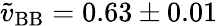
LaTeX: \tilde{v}_{\mathrm{BB}}=0.63\pm 0.01